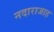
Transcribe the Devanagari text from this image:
नदाराजाह